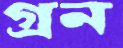
গ্রন